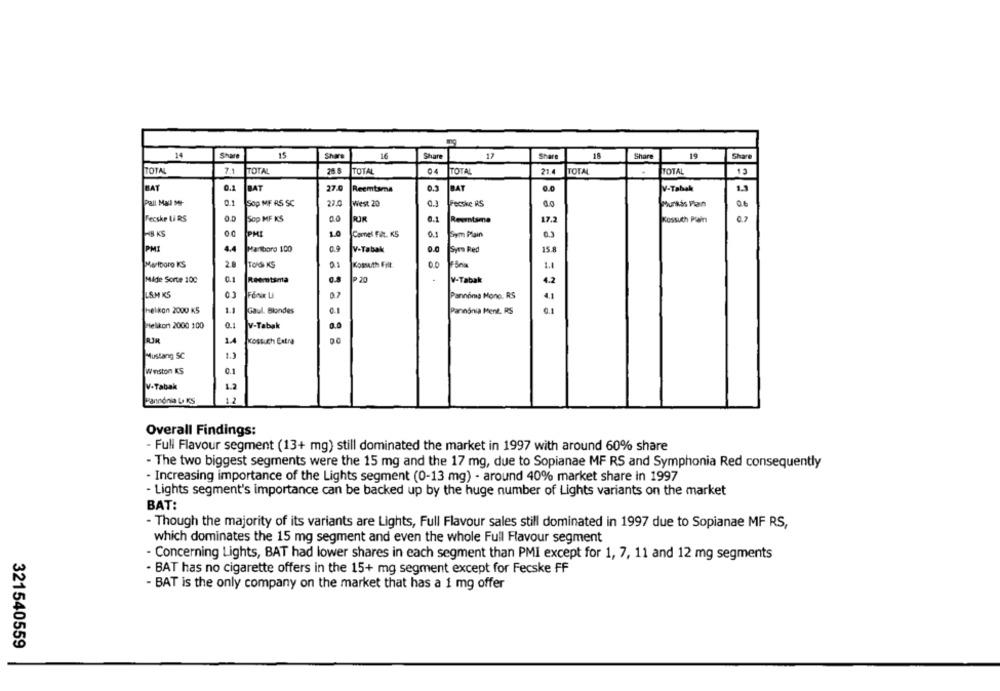
14
Share
15
Share
16
Share
12
Share
Share
19
Share
TOTAL
7.
TOTAL
28.8
TOTAL
TOTAL
21
TOTAL
TOTAL
1 2
BAT
0.1
BAT
0.5
V-Tabak
1.1
27.0
Reemtsma
BAT
Pall Mall Mr-
0.1
SOp MIF RS SC
27.0
West 20
0.3
Fecske RS
Sursås Plan
Fecske Li RS
0.0
Sop MF KS
00
RIR
0.1
Reemtsma
17.2
Kossuth Plain
HB KS
PMI
1.0
Camel Fült. KS
0.1
Sym Plain
0.3
PM
4.4
Marlboro 100
V-Tabak
0.0
Sym Red
15.8
Marlboro KS
28
01
00
TOG KS
Kossuth Filt
Fônia
1.
.
Mide Sorte 100
0.1
Reemtsma
P .20
V-Tabak
4.2
LAMIS
01
Pannónia Mono, RS
4.1
Helikon 2000 KS
1.1
Gaul. Blondes
0.1
Pannónia Ment. RS
Helikon 2000 100
0.1
V-Tabak
1.4
Kossuch Extra
Mustang SC
1.3
Winston KS
0.1
V-Tabak
Pannónia U KS
12
Overall Findings:
- Full Flavour segment (13+ mg) still dominated the market in 1997 with around 60% share
- The two biggest segments were the 15 mg and the 17 mg, due to Sopianae MF RS and Symphonia Red consequently
- Increasing importance of the Lights segment (0-13 mg) - around 40% market share in 1997
- Lights segment's importance can be backed up by the huge number of Lights variants on the market
BAT:
- Though the majority of its variants are Lights, Full Flavour sales still dominated in 1997 due to Sopianae MF RS,
which dominates the 15 mg segment and even the whole Full Flavour segment
- Concerning Lights, BAT had lower shares in each segment than PMI except for 1, 7, 11 and 12 mg segments
- BAT has no cigarette offers in the 15+ mg segment except for Fecske FF
- BAT is the only company on the market that has a 1 mg offer
321540559